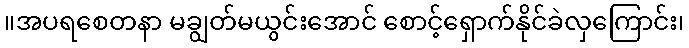
။အပရစေတနာ မချွတ်မယွင်းအောင် စောင့်ရှောက်နိုင်ခဲလှကြောင်း၊